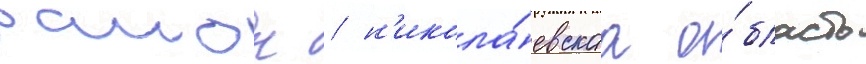
раион / н'икола́евскаа о́бласть